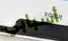
أسبابي